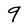
Character: 9